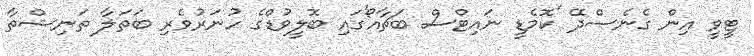
ޓީވީ އިން ގެނެސްދޭ 'ކޮމެޑީ ނައިޓްސް ބަޗާއޯ'ގައި ބޮލީވުޑްގެ ހުނަރުވެރި ބަތަލާ ތަނިޝްތާ